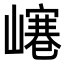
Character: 𡼌